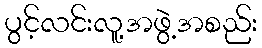
ပွင့်လင်းလူ့အဖွဲ့အစည်း